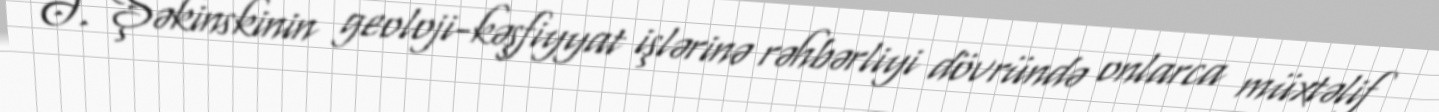
Ə. Şəkinskinin geoloji-kəşfiyyat işlərinə rəhbərliyi dövründə onlarca müxtəlif